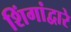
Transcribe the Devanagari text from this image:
शिंगांद्वारे